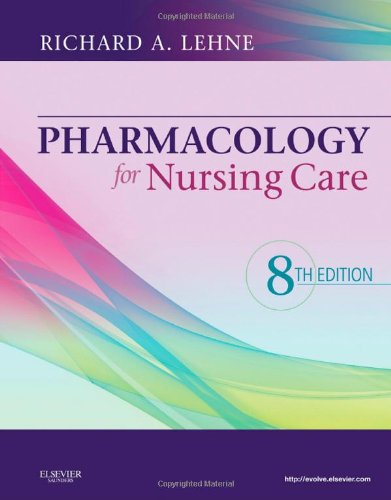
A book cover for Pharmacology for Nursing Care; Richard A. Lehne; Medical Books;